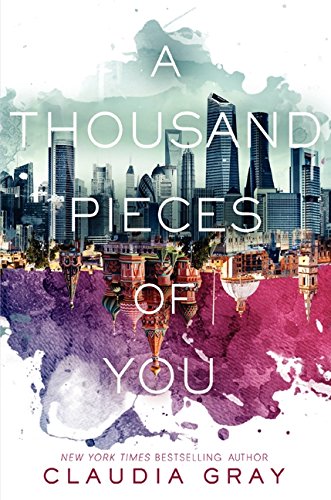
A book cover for A Thousand Pieces of You (Firebird); Claudia Gray; Teen & Young Adult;